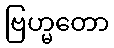
ဗြဟ္မတော